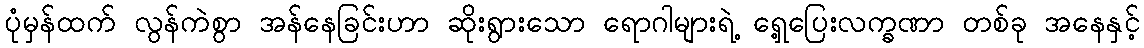
ပုံမှန်ထက် လွန်ကဲစွာ အန်နေခြင်းဟာ ဆိုးရွားသော ရောဂါများရဲ့ ရှေ့ပြေးလက္ခဏာ တစ်ခု အနေနှင့်